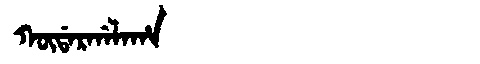
Manchu: ᡴᡡᡩᠠᡵᡤᠠᠯᠠᡥᠠ
Romanization: KŪDARGALAHA